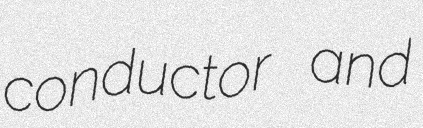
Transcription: conductor and